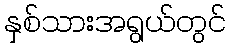
နှစ်သားအရွယ်တွင်